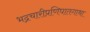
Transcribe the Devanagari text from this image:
भद्रचारीप्रणिघातगाथा